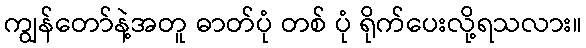
ကျွန်တော်နဲ့အတူ ဓာတ်ပုံ တစ် ပုံ ရိုက်ပေးလို့ရသလား။